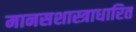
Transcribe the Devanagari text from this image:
मानसशास्त्राधारित